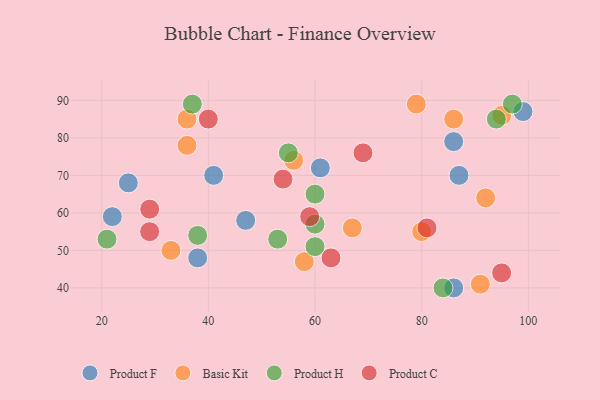
{"axis": {"x": "GDP", "y": "Life Expectancy"}, "legend": ["Basic Kit", "Product C", "Product F", "Product H"], "data": [{"x": "47", "y": 58, "type": "Product F"}, {"x": "38", "y": 48, "type": "Product F"}, {"x": "87", "y": 70, "type": "Product F"}, {"x": "86", "y": 79, "type": "Product F"}, {"x": "61", "y": 72, "type": "Product F"}, {"x": "22", "y": 59, "type": "Product F"}, {"x": "86", "y": 40, "type": "Product F"}, {"x": "41", "y": 70, "type": "Product F"}, {"x": "25", "y": 68, "type": "Product F"}, {"x": "99", "y": 87, "type": "Product F"}, {"x": "91", "y": 41, "type": "Basic Kit"}, {"x": "36", "y": 85, "type": "Basic Kit"}, {"x": "67", "y": 56, "type": "Basic Kit"}, {"x": "95", "y": 86, "type": "Basic Kit"}, {"x": "33", "y": 50, "type": "Basic Kit"}, {"x": "92", "y": 64, "type": "Basic Kit"}, {"x": "79", "y": 89, "type": "Basic Kit"}, {"x": "36", "y": 78, "type": "Basic Kit"}, {"x": "80", "y": 55, "type": "Basic Kit"}, {"x": "86", "y": 85, "type": "Basic Kit"}, {"x": "58", "y": 47, "type": "Basic Kit"}, {"x": "56", "y": 74, "type": "Basic Kit"}, {"x": "60", "y": 51, "type": "Product H"}, {"x": "84", "y": 40, "type": "Product H"}, {"x": "21", "y": 53, "type": "Product H"}, {"x": "94", "y": 85, "type": "Product H"}, {"x": "97", "y": 89, "type": "Product H"}, {"x": "53", "y": 53, "type": "Product H"}, {"x": "37", "y": 89, "type": "Product H"}, {"x": "55", "y": 76, "type": "Product H"}, {"x": "60", "y": 57, "type": "Product H"}, {"x": "38", "y": 54, "type": "Product H"}, {"x": "60", "y": 65, "type": "Product H"}, {"x": "40", "y": 85, "type": "Product C"}, {"x": "63", "y": 48, "type": "Product C"}, {"x": "29", "y": 55, "type": "Product C"}, {"x": "29", "y": 61, "type": "Product C"}, {"x": "59", "y": 59, "type": "Product C"}, {"x": "81", "y": 56, "type": "Product C"}, {"x": "54", "y": 69, "type": "Product C"}, {"x": "69", "y": 76, "type": "Product C"}, {"x": "95", "y": 44, "type": "Product C"}]}